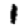
Digit: 1